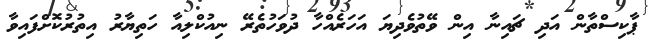
ޕާކިސްތާން އަދި ޗައިނާ އިން ވޭތުވެދިޔަ އަހަރެއްހާ ދުވަހުތެރޭ ނިއުކްލިއާ ހަތިޔާރު އިތުރުކޮށްފައިވާ